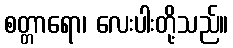
စတ္တာရော၊ လေးပါးတို့သည်။